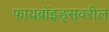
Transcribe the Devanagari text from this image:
फायब्रॉइड्‌सवरील